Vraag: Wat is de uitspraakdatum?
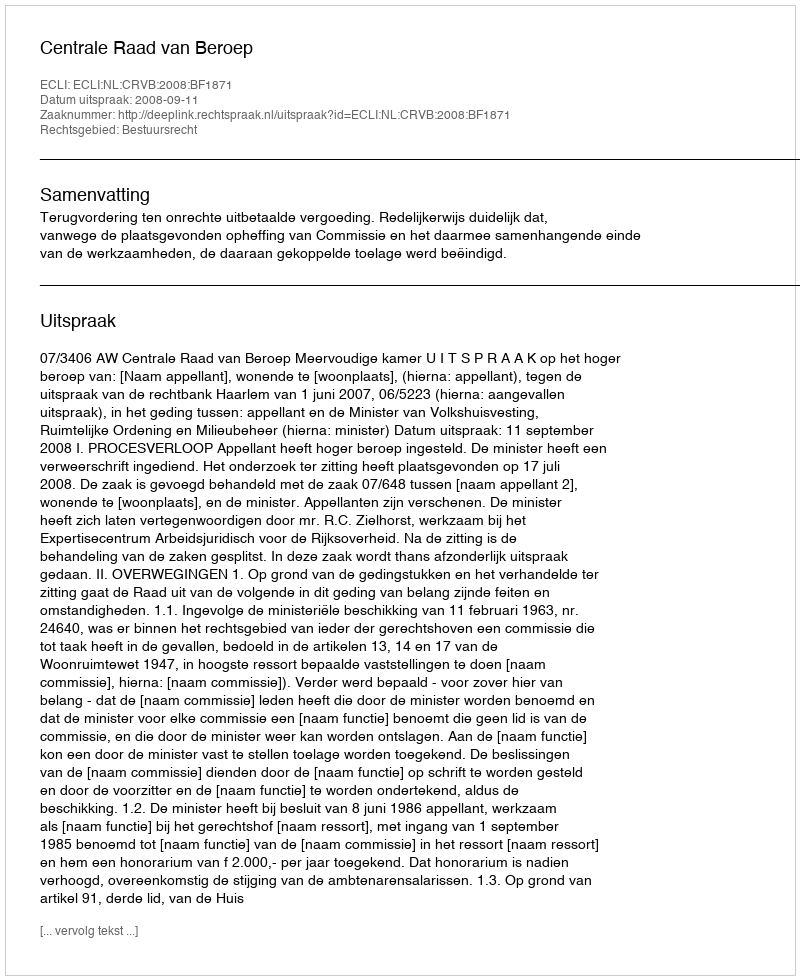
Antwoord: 2008-09-11